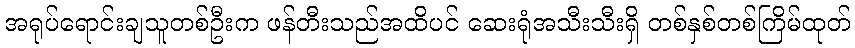
အရုပ်ရောင်းချသူတစ်ဦးက ဖန်တီးသည်အထိပင် ဆေးရုံအသီးသီးရှိ တစ်နှစ်တစ်ကြိမ်ထုတ်